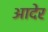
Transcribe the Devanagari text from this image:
आदेर